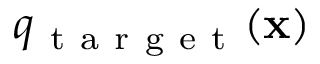
q _ { \mathrm { ~ t ~ a ~ r ~ g ~ e ~ t ~ } } ( \mathbf { x } )